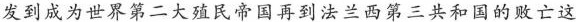
发到成为世界第二大殖民帝国再到法兰西第三共和国的败亡这